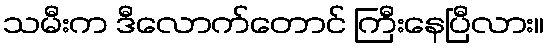
သမီးက ဒီလောက်တောင် ကြီးနေပြီလား။